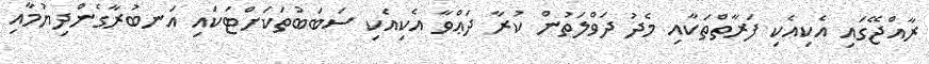
ރާއްޖޭގައި އެކިއެކި ފަރާތްތަކާއި މެދު ދަވްލަތުން ކުރާ ދަޢްވާ އެކިއެކި ސަބަބުތަކަށްޓަކައި އަނބުރާގެންދިޔުމާއި